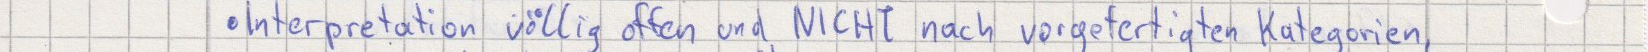
Interpretation völlig offen und NICHT nach vorgefertigten Kategorien